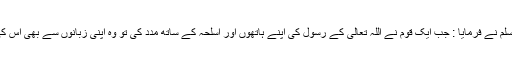
پھر رسول اللہ صلی اللہ علیہ وآلہ وسلم نے فرمایا : جب ایک قوم نے اللہ تعالیٰ کے رسول کی اپنے ہاتھوں اور اسلحہ کے ساتھ مدد کی تو وہ اپنی زبانوں سے بھی اس کی مدد کرنے کی زیادہ حق دار ہے۔